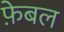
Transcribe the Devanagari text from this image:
फे़बल